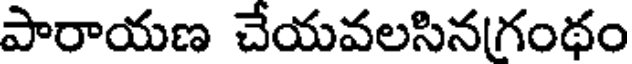
పారాయణ చేయవలసినగంథం